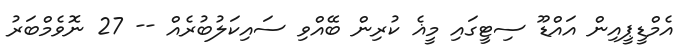
އެމްޑީޕީއިން އައްޑޫ ސިޓީގައި މީޣެ ކުރިން ބޭއްވި ސައިކަލުބުރެއް -- 27 ނޮވެމްބަރު